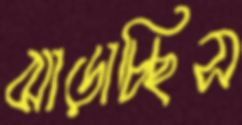
ঝাড়াচ্ছিস